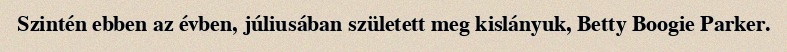
Szintén ebben az évben, júliusában született meg kislányuk, Betty Boogie Parker.